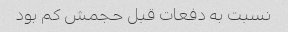
نسبت به دفعات قبل حجمش کم بود